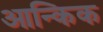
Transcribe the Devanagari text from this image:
आन्किक